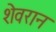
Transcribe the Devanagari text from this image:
शेवरान